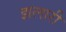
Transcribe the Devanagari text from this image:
झलारी